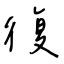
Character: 復